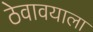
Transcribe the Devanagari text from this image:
ठेवावयाला